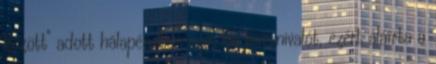
között" adott hálapénzben nem lát kivetnivalót, ezért aláírta a